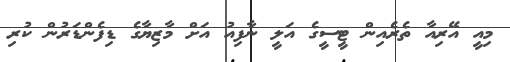
މިއީ އޭރިއާ ތެރެއިން ޓީސީގެ އަލީ ނާފިއު އަށް މާޒިޔާގެ ޑިފެންޑަރުން ކުރި